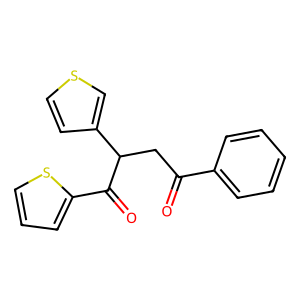
SMILES: O=C(CC(C(=O)c1cccs1)c1ccsc1)c1ccccc1
Inhibits HIV replication: No